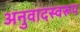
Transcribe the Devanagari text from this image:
अनुवादस्वरूप